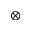
\otimes